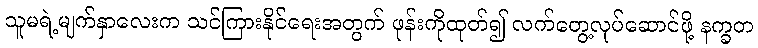
သူမရဲ့မျက်နှာလေးက သင်ကြားနိုင်ရေးအတွက် ဖုန်းကိုထုတ်၍ လက်တွေ့လုပ်ဆောင်ဖို့ နက္ခတ